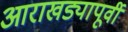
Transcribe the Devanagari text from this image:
आराखड्यापूर्वी